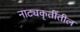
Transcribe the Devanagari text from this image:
नाट्यकृतींतील